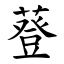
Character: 䔲